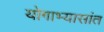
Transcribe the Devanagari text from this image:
योगाभ्यासांत